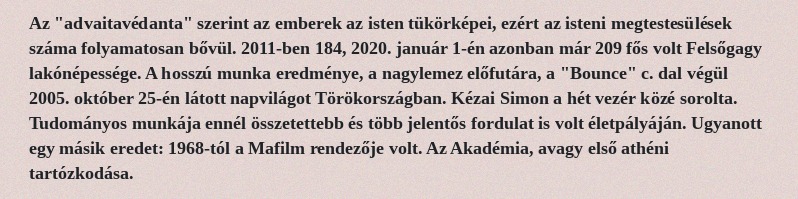
Az "advaitavédanta" szerint az emberek az isten tükörképei, ezért az isteni megtestesülések száma folyamatosan bővül. 2011-ben 184, 2020. január 1-én azonban már 209 fős volt Felsőgagy lakónépessége. A hosszú munka eredménye, a nagylemez előfutára, a "Bounce" c. dal végül 2005. október 25-én látott napvilágot Törökországban. Kézai Simon a hét vezér közé sorolta. Tudományos munkája ennél összetettebb és több jelentős fordulat is volt életpályáján. Ugyanott egy másik eredet: 1968-tól a Mafilm rendezője volt. Az Akadémia, avagy első athéni tartózkodása.